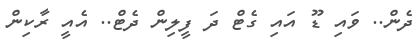
ދެން.. ވައި ޑޫ އައި ގެޓް ދަ ފީލިން ދެޓް.. އެއީ ރާކިން